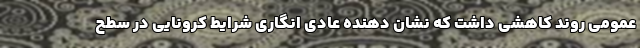
عمومی روند کاهشی داشت که نشان دهنده عادی انگاری شرایط کرونایی در سطح